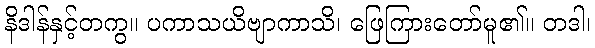
နိဒါန်နှင့်တကွ။ ပကာသယိဗျာကာသိ၊ ဖြေကြားတော်မူ၏။ တဒါ၊